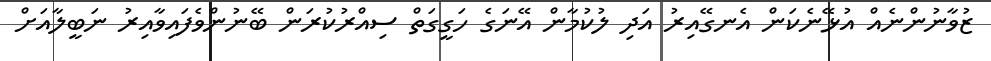
ޒުވާނުންނެއް އުޅޭނެކަން އެނގޭއިރު އަދި ލުކުމާން އޭނަގެ ހަގީގަތް ސިއްރުކުރަން ބޭނުންވެފައިވާއިރު ނަބީލާއަށް